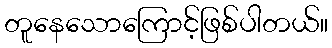
တူနေသောကြောင့်ဖြစ်ပါတယ်။